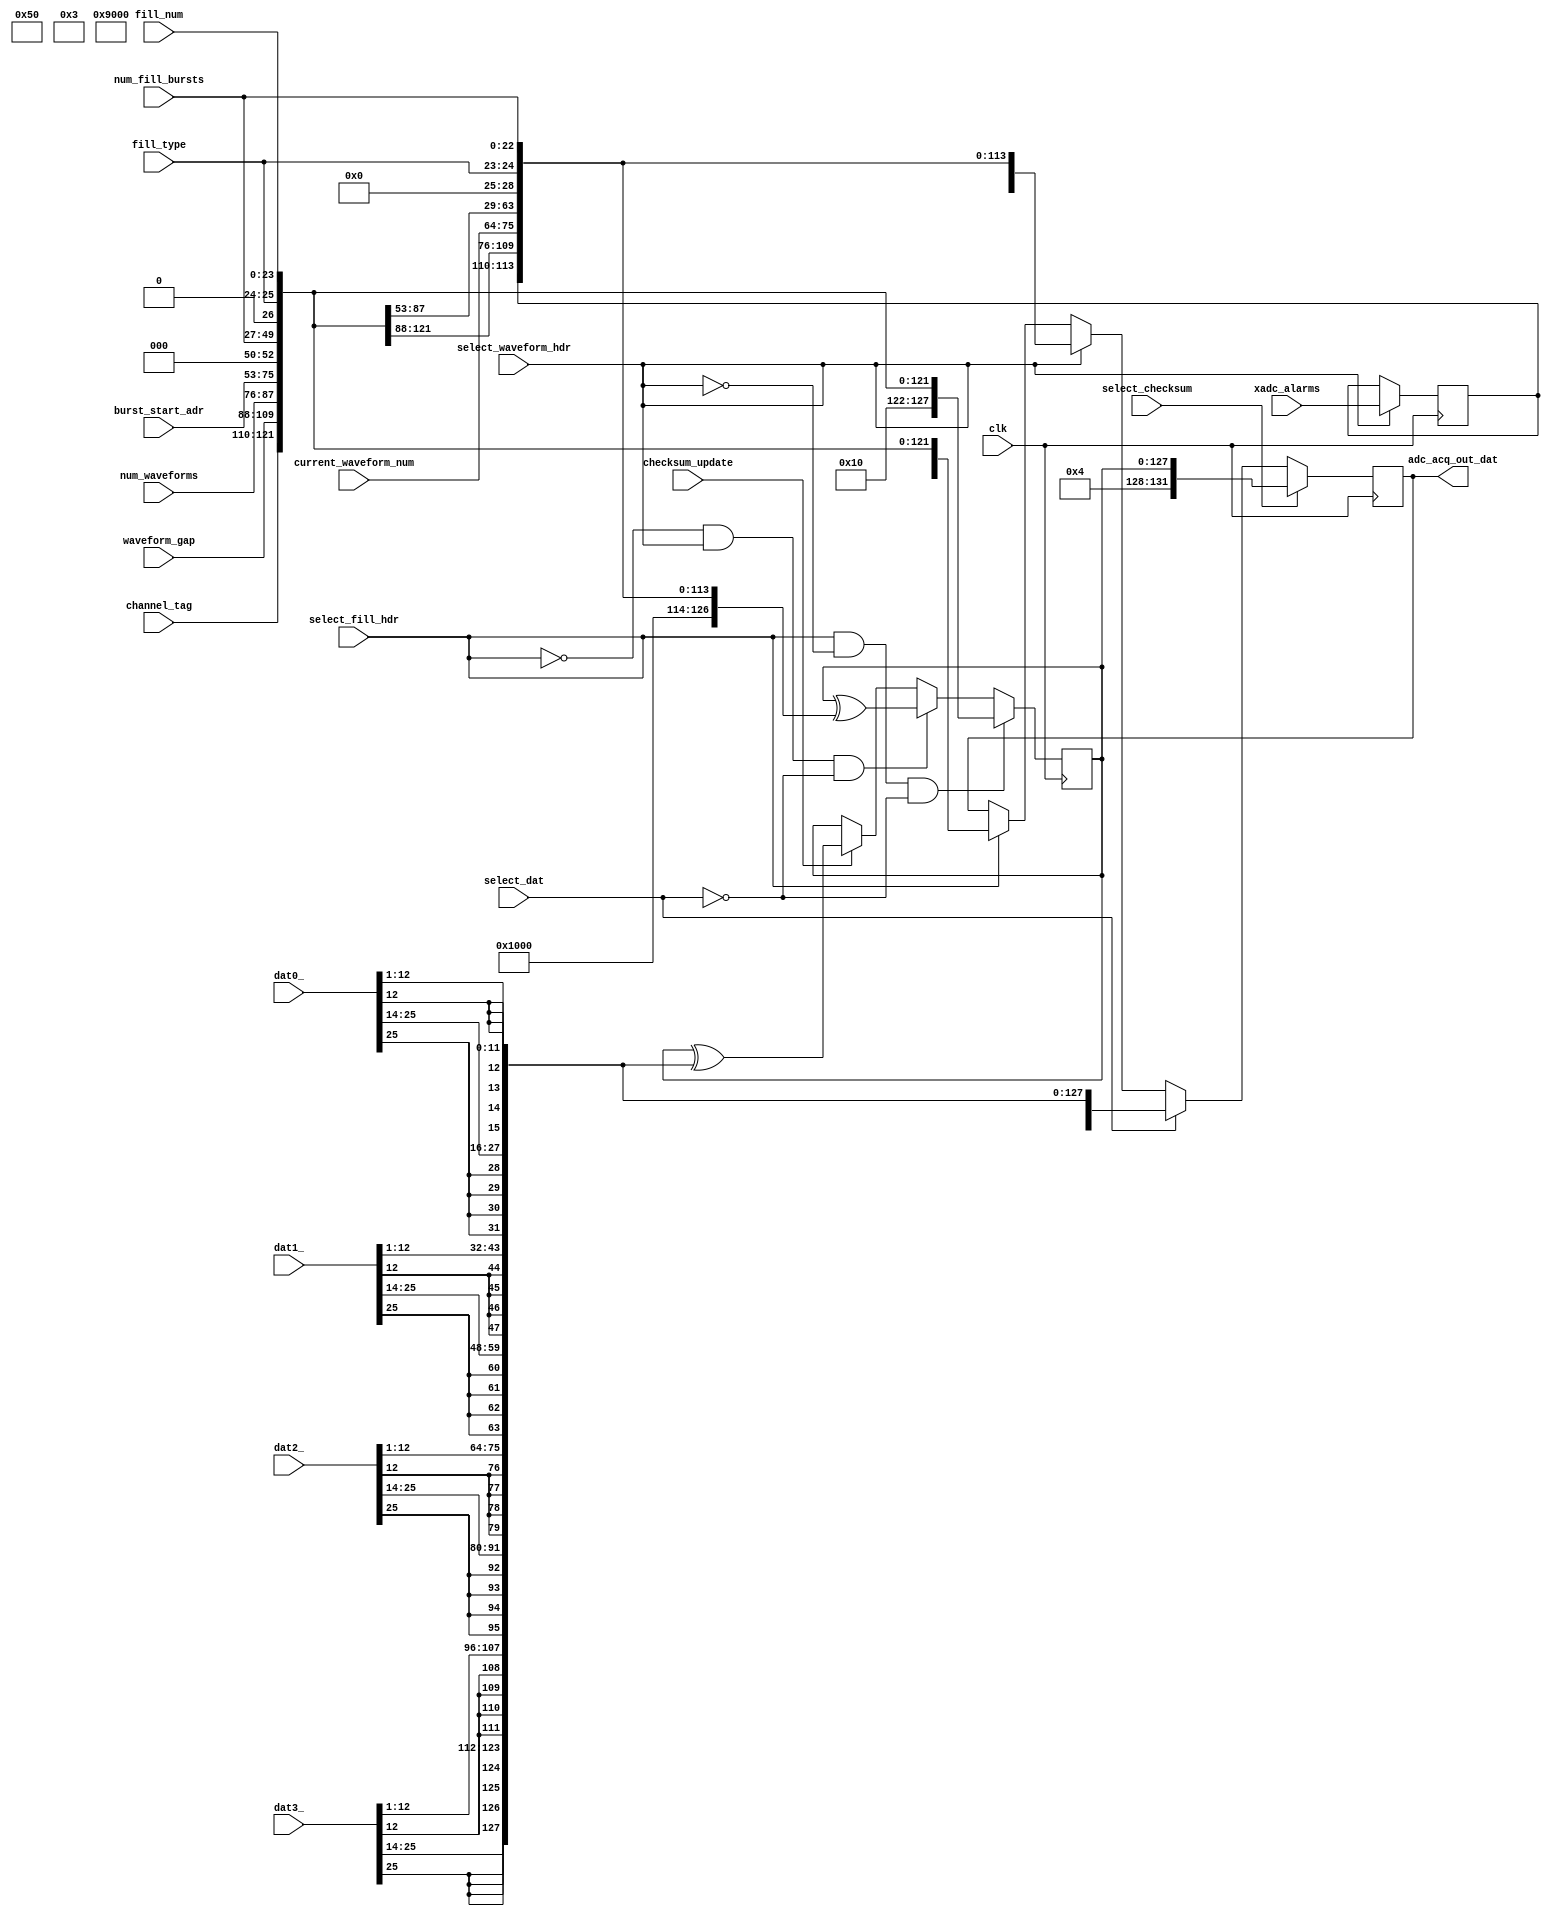
`timescale 1ns / 1ps

///////////////////////////////////////////////////////////////////////////////////////
// Create a mux that will supply one of the following to the DDR3 write FIFO:
//  1) fill header
//  2) waveform header
//  3) ADC data
//  4) checksum 
// All bit ordering for the headers and the ADC data is done in this mux

module adc_dat_mux (
    // inputs
    input [25:0] dat3_,                // a pair of ADC samples and a pair of over-range bits
    input [25:0] dat2_,                // a pair of ADC samples and a pair of over-range bits
    input [25:0] dat1_,                // a pair of ADC samples and a pair of over-range bits
    input [25:0] dat0_,                // a pair of ADC samples and a pair of over-range bits
    input [11:0] channel_tag, 		   // stuff about the channel to put in the header
    input [1:0] fill_type,             // to determine how much data to collect
    input [22:0] num_fill_bursts,      // number of 8 (or 10) sample bursts
    input [22:0] burst_start_adr,      // first DDR3 memory location for this fill
    input [23:0] fill_num,             // fill number for this fill
    input [11:0] num_waveforms,	       // number of waveforms to store per trigger
	input [11:0] current_waveform_num, // the current waveform number, to be used in header
    input [21:0] waveform_gap,	       // idle time between waveforms
    input [3:0] xadc_alarms,
    input clk,
    input select_fill_hdr,     		   // selects fill header
    input select_waveform_hdr,  	   // selects waveform header
    input select_dat,                  // selects data
    input select_checksum,             // selects checksum
    input checksum_update,			   // update the checksum
    // outputs
    output reg [131:0] adc_acq_out_dat // 132-bit: 4-bit tag plus 128-bit header or ADC data
);

///////////////////////////
// assemble the fill header
wire [131:0] fill_header;
assign fill_header[ 23:  0] = fill_num[23:0];                // 24-bit fill number, always positive, 
assign fill_header[ 25: 24] = fill_type[1:0];                //  2-bit fill type
assign fill_header[     26] = 1'b0;                          //  1-bit fill header format: sync=0, async=1
assign fill_header[ 49: 27] = num_fill_bursts[22:0];         // 23-bit burst count, 
assign fill_header[ 75: 50] = {burst_start_adr[22:0], 3'd0}; // 23-bit DDR3 burst address, 3 LSBs always zero, 
assign fill_header[ 87: 76] = num_waveforms[11:0];           // 12-bit number of waveforms to store per trigger
assign fill_header[109: 88] = waveform_gap[21:0];	          // 22-bit idle time between waveforms
assign fill_header[121:110] = channel_tag[11:0];             // 12-bit channel info
assign fill_header[122:122] = 1'b0;                          //  1-bit sync = async=0, cbuf=1 flag, if needed
assign fill_header[125:123] = 3'd0;                          //  unused
// make the next 2 bits be a header tag.  This pattern cannot appear in sign-extended data (always 2'b00 or 2'b11).
assign fill_header[127:126]	= 2'b01;
// tag = '1' for fill header
assign fill_header[131:128]	= 4'd1;

///////////////////////////////
// assemble the waveform header
wire [131:0] waveform_header;
reg  [4  :0] latched_xadc_alarms;
assign waveform_header[ 22:  0] = num_fill_bursts[22:0];         // 23-bit burst count,
assign waveform_header[ 24: 23] = fill_type[1:0];    	         //  2-bit fill type
assign waveform_header[     25] = 1'b0;						     //  1-bit reserved for future 3-bit fill type
assign waveform_header[ 51: 26] = {burst_start_adr[22:0], 3'd0}; // 23-bit DDR3 burst address, 3 LSBs always zero, 
assign waveform_header[ 63: 52] = num_waveforms[11:0];           // 12-bit number of waveforms to store per trigger
assign waveform_header[ 75: 64] = current_waveform_num[11:0];    // 12-bit current waveform number
assign waveform_header[ 97: 76] = waveform_gap[21:0];	           // 22-bit idle time between waveforms
assign waveform_header[109: 98] = channel_tag[11:0];             // 12-bit channel info
assign waveform_header[113:110] = latched_xadc_alarms[3:0];      //  4-bit alarms from XADC
assign waveform_header[125:114]	= 12'b0;		                    // 12-bit spare
// make the next 2 bits be a header tag.  This pattern cannot appear in sign-extended data (always 2'b00 or 2'b11).
assign waveform_header[127:126]	= 2'b01;
// tag = '2' for waveform header
assign waveform_header[131:128]	= 4'd2;

////////////////////
// assemble the data
wire [131:0] data;
// put 8 ADC samples into 8 16-bit words.
// omit the overrange bit and sign extend into the upper 4 bits of each word
assign data[ 11:  0] = dat0_[12:1];                                  // 0 oldest sample data
assign data[ 15: 12] = {dat0_[12], dat0_[12], dat0_[12], dat0_[12]}; // 0 oldest sample sign extension

assign data[ 27: 16] = dat0_[25:14];                                 // 1 sample data
assign data[ 31: 28] = {dat0_[25], dat0_[25], dat0_[25], dat0_[25]}; // 1 sample sign extension

assign data[ 43: 32] = dat1_[12:1];                                  // 2 oldest sample data
assign data[ 47: 44] = {dat1_[12], dat1_[12], dat1_[12], dat1_[12]}; // 2 sample sign extension

assign data[ 59: 48] = dat1_[25:14];                                 // 3 sample data
assign data[ 63: 60] = {dat1_[25], dat1_[25], dat1_[25], dat1_[25]}; // 3 sample sign extension

assign data[ 75: 64] = dat2_[12:1];                                  // 4 sample data
assign data[ 79: 76] = {dat2_[12], dat2_[12], dat2_[12], dat2_[12]}; // 4 sample sign extension

assign data[ 91: 80] = dat2_[25:14];                                 // 5 sample data
assign data[ 95: 92] = {dat2_[25], dat2_[25], dat2_[25], dat2_[25]}; // 5 sample sign extension

assign data[107: 96] = dat3_[12:1];                                  // 6 sample data
assign data[111:108] = {dat3_[12], dat3_[12], dat3_[12], dat3_[12]}; // 6 sample sign extension

assign data[123:112] = dat3_[25:14];                                 // 7 sample data
assign data[127:124] = {dat3_[25], dat3_[25], dat3_[25], dat3_[25]}; // 7 sample sign extension

// tag = '3' for data
assign data[131:128] = 4'd3;

/////////////////////////////
// create a checksum register
reg [127:0] checksum;
wire [3:0] checksum_tag;
// tag = '4' for checksum
assign checksum_tag[3:0] = 4'd4;

always @(posedge clk) begin
	if (select_fill_hdr && !select_waveform_hdr && !select_dat) begin
		// initialize the checksum, exclude the 4-bit tag 
		checksum[127:0] <= fill_header[127:0];
	end
	
	else if (!select_fill_hdr && select_waveform_hdr &&  !select_dat) begin
		// XOR the current fill header with the checksum, exclude the 4-bit tag
		checksum[127:0] <= checksum[127:0] ^ waveform_header[127:0];
	end

	else if (checksum_update) begin
		// XOR the data with the checksum, exclude the 4-bit tag
		checksum[127:0] <= checksum[127:0] ^ data[127:0];
	end
end

///////////////////////////////////////////////////////////////////////
// make a mux to select fill header, waveform header, data, or checksum		
always @(posedge clk) begin
	if (select_fill_hdr) begin
		// connect fill header bits
		adc_acq_out_dat[131:0] <= fill_header[131:0];
	end
	if (select_waveform_hdr) begin
      latched_xadc_alarms[3:0] <= xadc_alarms[3:0];
		// connect waveform header bits
		adc_acq_out_dat[131:0] <= waveform_header[131:0];
	end
	if (select_dat) begin
		// connect the data to the output
		adc_acq_out_dat[131:0] <= data[131:0];
	end
	if (select_checksum) begin
		// connect the checksum to the output
		adc_acq_out_dat[131:0] <= {checksum_tag[3:0], checksum[127:0]};
	end
end

endmodule